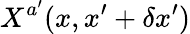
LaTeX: X^{a^{\prime}}(x,x^{\prime}+\delta x^{\prime})